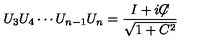
U _ { 3 } U _ { 4 } \cdots U _ { n - 1 } U _ { n } = { \frac { I + i { \not \! \! C } } { \sqrt { 1 + C ^ { 2 } } } }